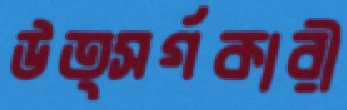
উত্সর্গকারী